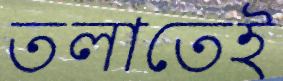
তলাতেই